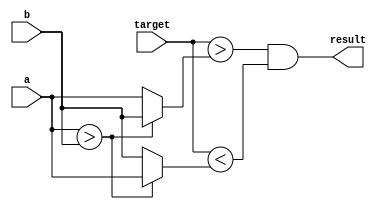
module BetweenChecker #(parameter WIDTH = 8) (
    input wire signed [WIDTH-1:0] a,
    input wire signed [WIDTH-1:0] b,
    input wire signed [WIDTH-1:0] target,
    output wire result
);
    wire signed [WIDTH-1:0] lower = a > b ? b : a;
    wire signed [WIDTH-1:0] upper = a > b ? a : b;
    assign result = target > lower & target < upper;
endmodule